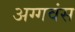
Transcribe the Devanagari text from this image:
अग्गवंस